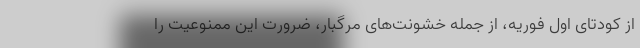
از کودتای اول فوریه، از جمله خشونت‌های مرگبار، ضرورت این ممنوعیت را